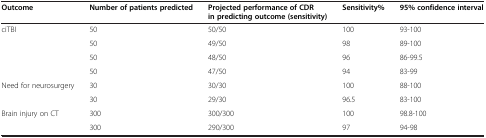
<table><thead><tr><td><b>Outcome</b></td><td><b>Number of patients predicted</b></td><td><b>Projected performance of CDR in predicting outcome (sensitivity)</b></td><td><b>Sensitivity%</b></td><td><b>95% confidence interval</b></td></tr></thead><tbody><tr><td rowspan="4">ciTBI</td><td>50</td><td>50/50</td><td>100</td><td>93-100</td></tr><tr><td>50</td><td>49/50</td><td>98</td><td>89-100</td></tr><tr><td>50</td><td>48/50</td><td>96</td><td>86-99.5</td></tr><tr><td>50</td><td>47/50</td><td>94</td><td>83-99</td></tr><tr><td rowspan="2">Need for neurosurgery</td><td>30</td><td>30/30</td><td>100</td><td>88-100</td></tr><tr><td>30</td><td>29/30</td><td>96.5</td><td>83-100</td></tr><tr><td>Brain injury on CT</td><td>300</td><td>300/300</td><td>100</td><td>98.8-100</td></tr><tr><td> </td><td>300</td><td>290/300</td><td>97</td><td>94-98</td></tr></tbody></table>